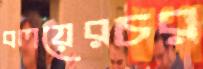
বলয়েরচর